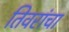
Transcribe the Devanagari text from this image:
तिवरांचा